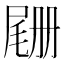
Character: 𫵡